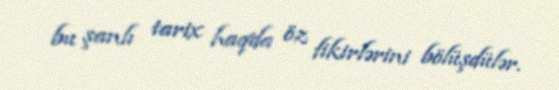
bu şanlı tarix haqda öz fikirlərini bölüşdülər.